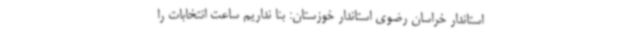
استاندار خراسان رضوی استاندار خوزستان: بنا نداریم ساعت انتخابات را